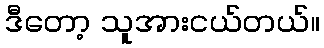
ဒီတော့ သူအားငယ်တယ်။